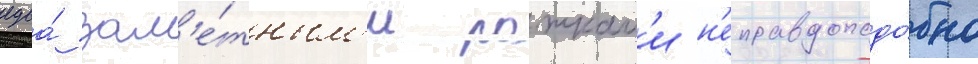
едва́ зам'е́тным'и рожкам'и н'еправдоподо́бно